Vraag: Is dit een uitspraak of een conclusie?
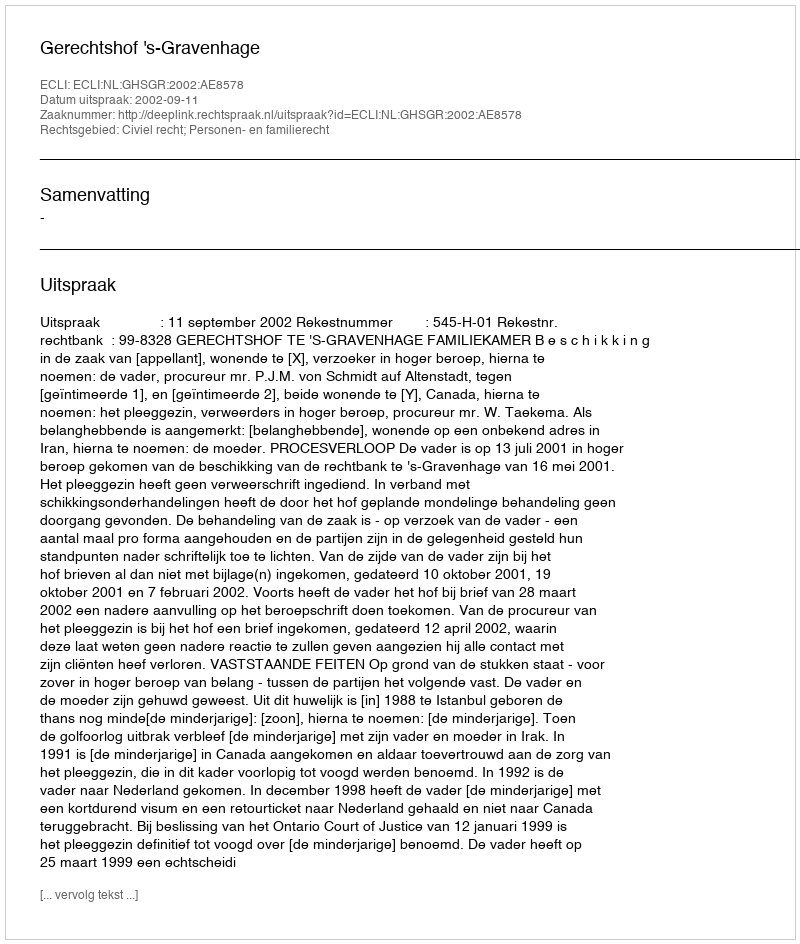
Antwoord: Uitspraak